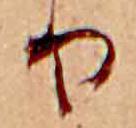
り